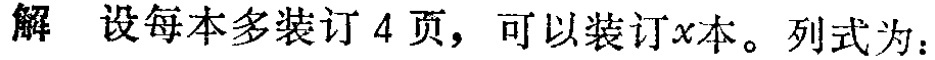
解 设每本多装订 4 页，可以装订\(x\)本。列式为：